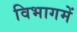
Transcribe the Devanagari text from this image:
विभागमें